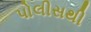
પોલીસથી